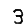
Digit: 3